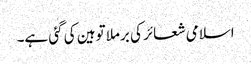
اسلامی شعائر کی برملا توہین کی گئی ہے۔